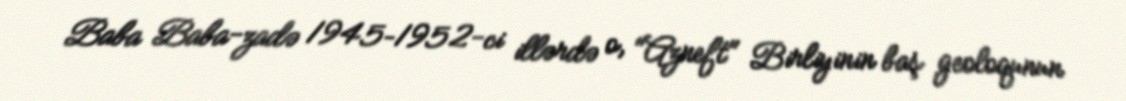
Baba Baba-zadə 1945–1952-ci illərdə o, "Azneft" Birliyinin baş geoloqunun